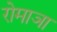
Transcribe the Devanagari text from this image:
रोमाञा